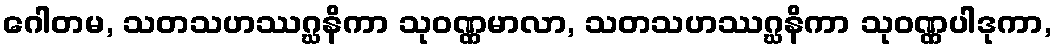
ဂေါတမ, သတသဟဿဂ္ဃနိကာ သုဝဏ္ဏမာလာ, သတသဟဿဂ္ဃနိကာ သုဝဏ္ဏပါဒုကာ,